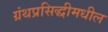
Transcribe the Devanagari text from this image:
ग्रंथप्रसिद्धीमधील